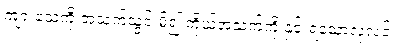
ကျားသေကို အသက်သွင်းမိ၍ ကိုယ့်အသက်ကို နှင်းရသောလုလင်